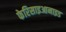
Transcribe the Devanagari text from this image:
फेरिसाइआनाइड